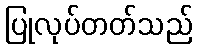
ပြုလုပ်တတ်သည်